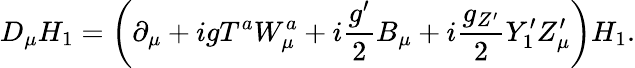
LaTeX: D_{\mu}H_{1}=\left(\partial_{\mu}+igT^{a}W_{\mu}^{a}+i\frac{g^{\prime}}{2}B_{\mu}+i\frac{g_{Z^{\prime}}}{2}Y_{1}^{\prime}Z_{\mu}^{\prime}\right)H_{1}.